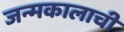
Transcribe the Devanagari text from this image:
जन्मकालाची